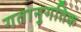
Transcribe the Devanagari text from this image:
गतानुगतिक